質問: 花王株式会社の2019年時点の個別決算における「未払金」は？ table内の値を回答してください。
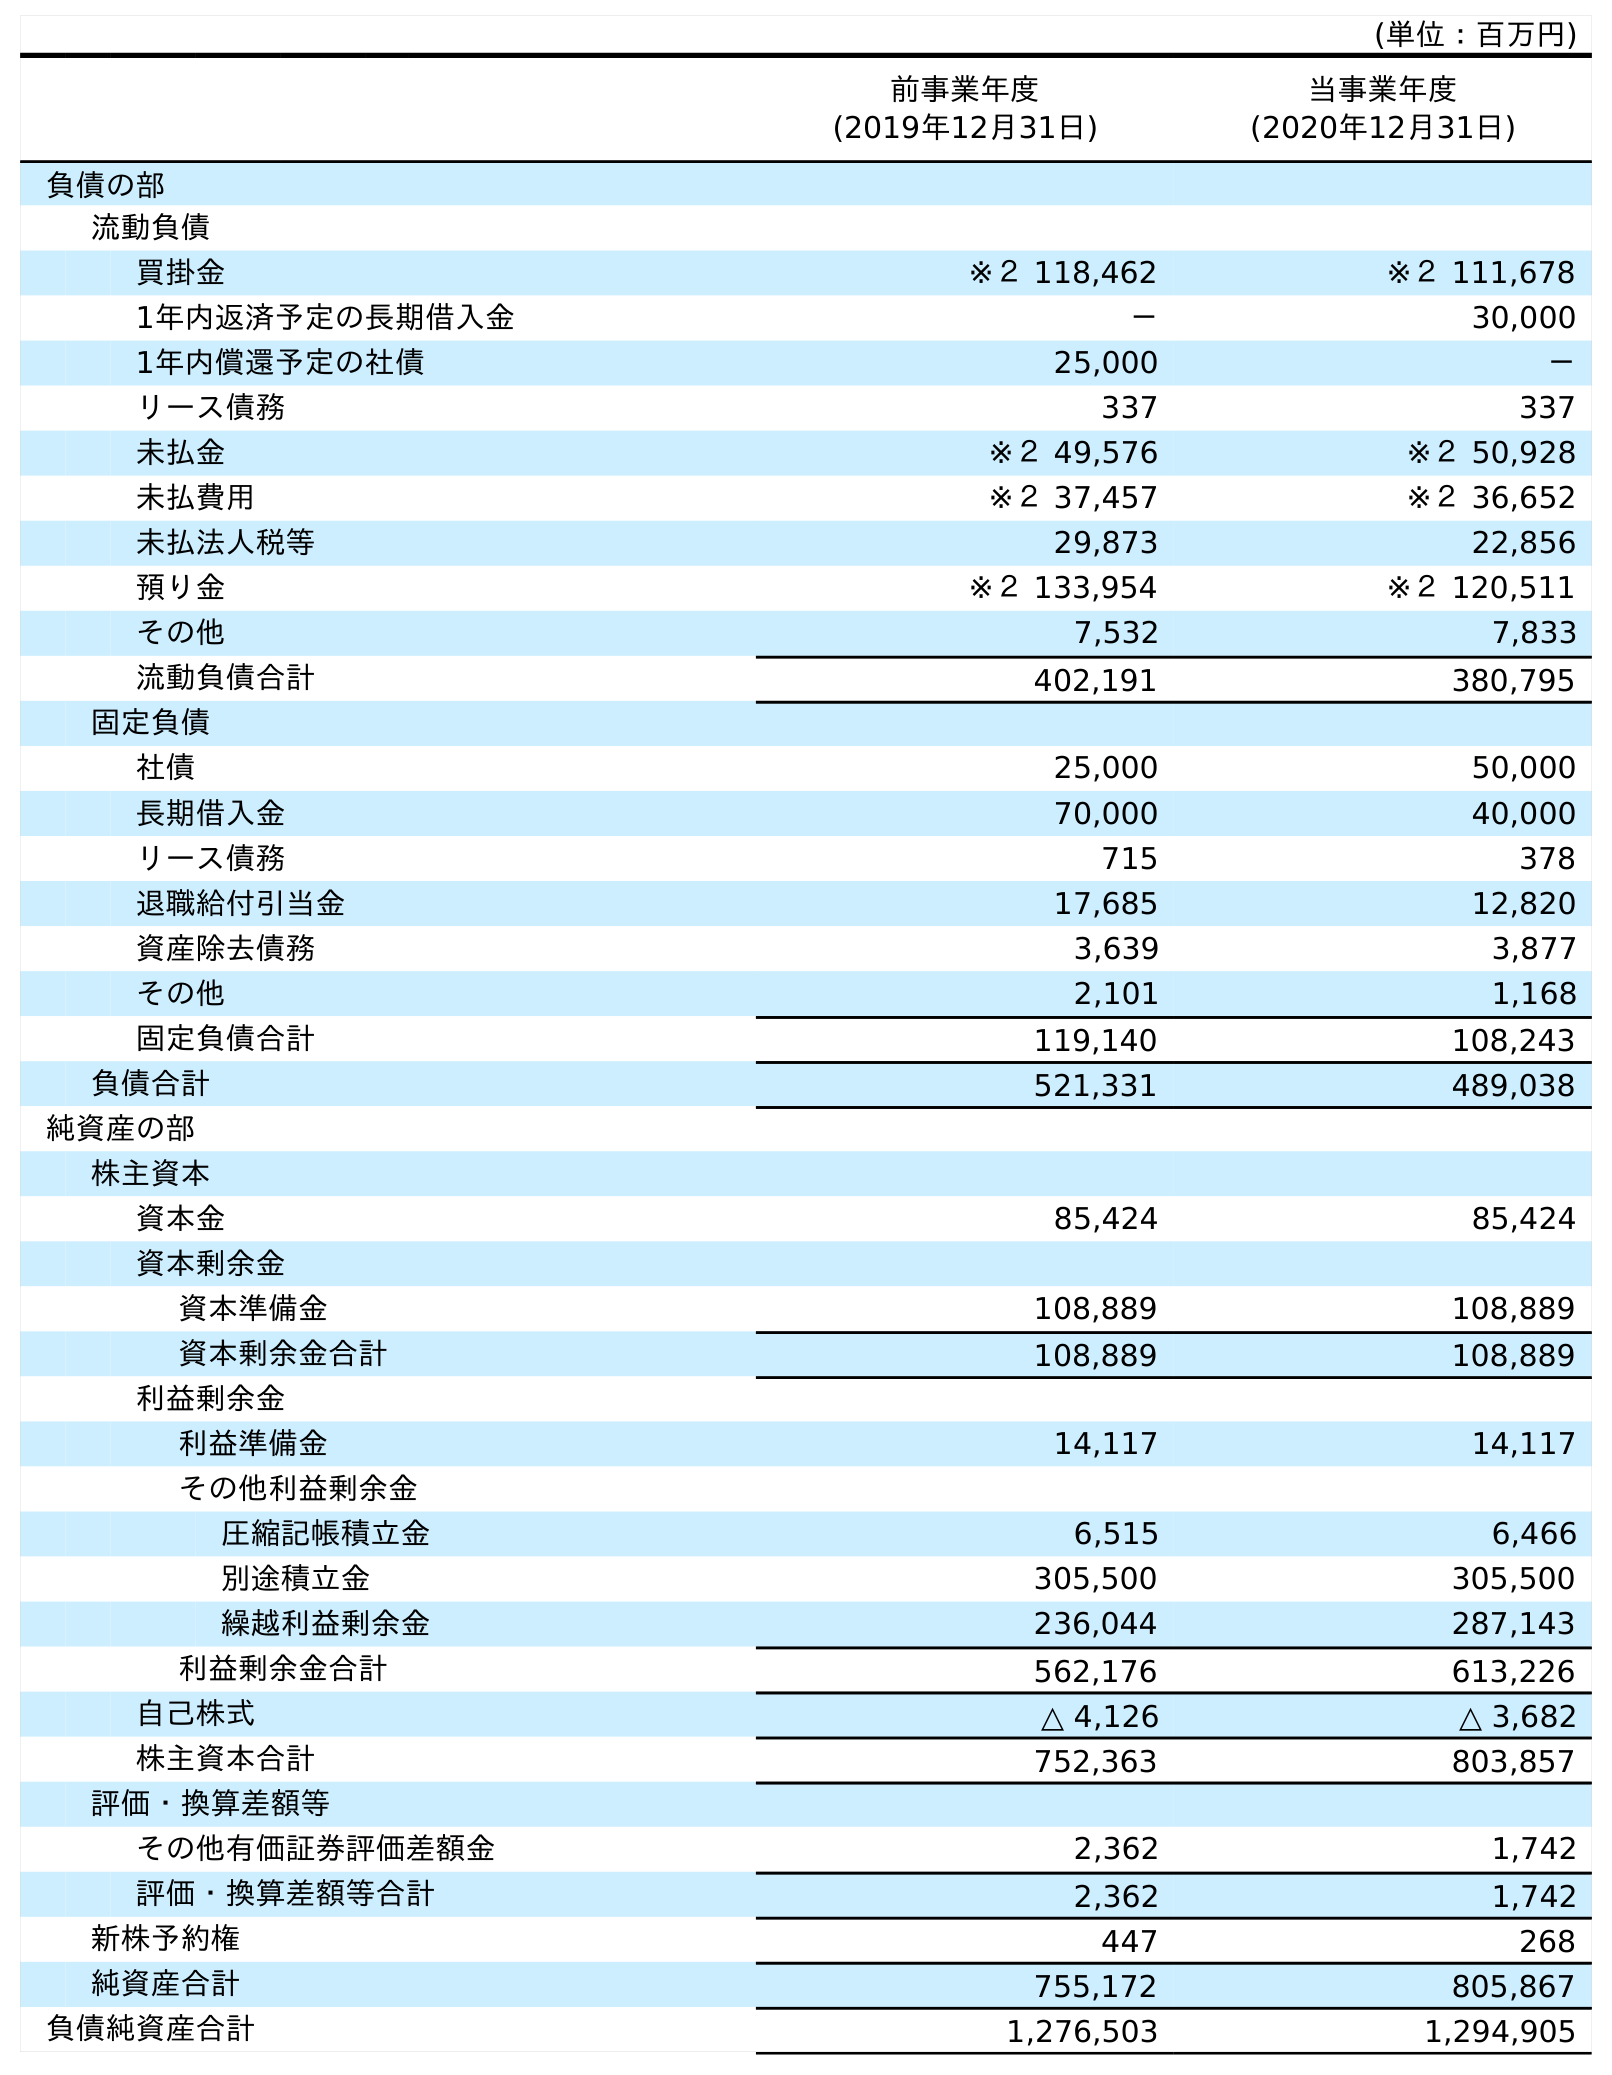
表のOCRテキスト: (単位：百万円) 前事業年度 (2019年12月31日) 当事業年度 (2020年12月31日) 負債の部 流動負債 買掛金 ※２ 118,462 ※２ 111,678 1年内返済予定の長期借入金 － 30,000 1年内償還予定の社債 25,000 － リース債務 337 337 未払金 ※２ 49,576 ※２ 50,928 未払費用 ※２ 37,457 ※２ 36,652 未払法人税等 29,873 22,856 預り金 ※２ 133,954 ※２ 120,511 その他 7,532 7,833 流動負債合計 402,191 380,795 固定負債 社債 25,000 50,000 長期借入金 70,000 40,000 リース債務 715 378 退職給付引当金 17,685 12,820 資産除去債務 3,639 3,877 その他 2,101 1,168 固定負債合計 119,140 108,243 負債合計 521,331 489,038 純資産の部 株主資本 資本金 85,424 85,424 資本剰余金 資本準備金 108,889 108,889 資本剰余金合計 108,889 108,889 利益剰余金 利益準備金 14,117 14,117 その他利益剰余金 圧縮記帳積立金 6,515 6,466 別途積立金 305,500 305,500 繰越利益剰余金 236,044 287,143 利益剰余金合計 562,176 613,226 自己株式 △ 4,126 △ 3,682 株主資本合計 752,363 803,857 評価・換算差額等 その他有価証券評価差額金 2,362 1,742 評価・換算差額等合計 2,362 1,742 新株予約権 447 268 純資産合計 755,172 805,867 負債純資産合計 1,276,503 1,294,905
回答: ※２49,576